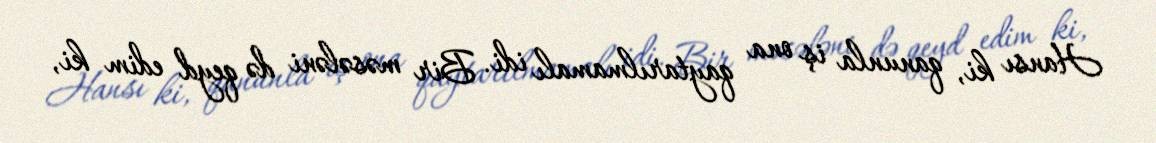
Hansı ki, qanunla iş ona qaytarılmamalı idi. Bir məsələni də qeyd edim ki,